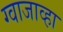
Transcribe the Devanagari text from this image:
ग्वाजाव्हा